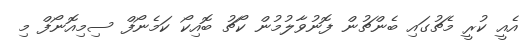
އެއީ ކުރީ މެޗުގައި ބެންޗުން ފޮނުވާލުމުން ކޯޗު ބޮއިކޯ ކަމެނޯފް ސިމިއޮނޯފް މި